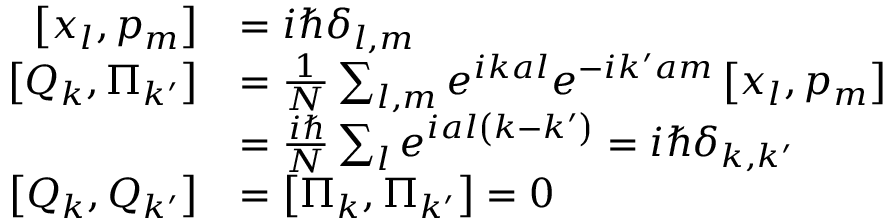
{ \begin{array} { r l } { \left[ x _ { l } , p _ { m } \right] } & { = i \hbar \delta _ { l , m } } \\ { \left[ Q _ { k } , \Pi _ { k ^ { \prime } } \right] } & { = { \frac { 1 } { N } } \sum _ { l , m } e ^ { i k a l } e ^ { - i k ^ { \prime } a m } \left[ x _ { l } , p _ { m } \right] } \\ & { = { \frac { i \hbar } { N } } \sum _ { l } e ^ { i a l \left( k - k ^ { \prime } \right) } = i \hbar \delta _ { k , k ^ { \prime } } } \\ { \left[ Q _ { k } , Q _ { k ^ { \prime } } \right] } & { = \left[ \Pi _ { k } , \Pi _ { k ^ { \prime } } \right] = 0 } \end{array} }